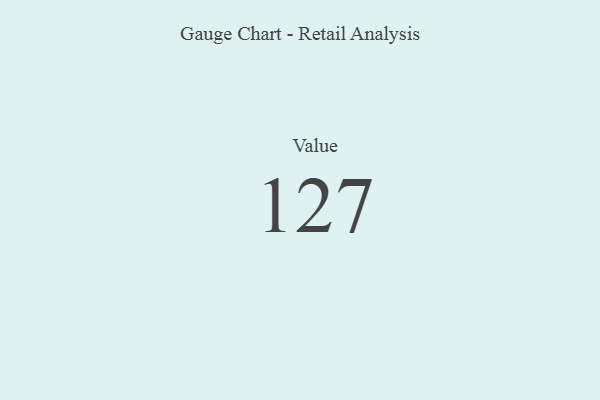
{"axis": {"x": "Metric", "y": "Value"}, "legend": [""], "data": [{"x": "Value", "y": 127, "type": ""}]}